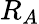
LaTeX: R_{A}